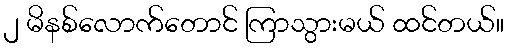
၂ မိနစ်လောက်တောင် ကြာသွားမယ် ထင်တယ်။